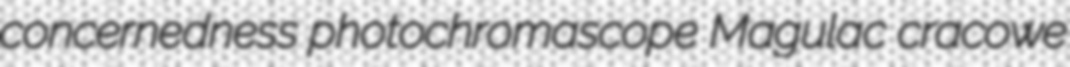
concernedness photochromascope Magulac cracowe